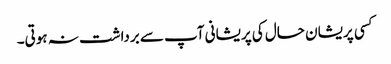
کسی پریشان حال کی پریشانی آپ سے برداشت نہ ہوتی۔